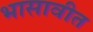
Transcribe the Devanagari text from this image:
भासावीत